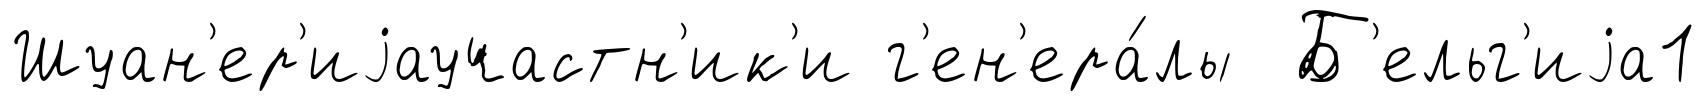
Шуан'ер'иjаучастн'ик'и г'ен'ера́лы Б'ельг'иjа1